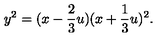
y ^ { 2 } = ( x - \frac { 2 } { 3 } u ) ( x + \frac { 1 } { 3 } u ) ^ { 2 } .